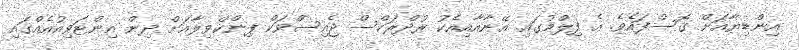
އިންޑިޔާއަށް ގޮސްފައެވެ. އެ ފިލްމުގައި އޭނާއާއިއެކު ރުދްރަކްސް ޖެއިސްވަކް ޕިންކްވިލާއަށް ދިން އިންޓަވިއުއެއްގައި